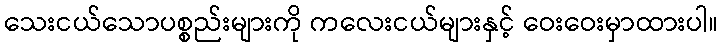
သေးငယ်သောပစ္စည်းများကို ကလေးငယ်များနှင့် ဝေးဝေးမှာထားပါ။